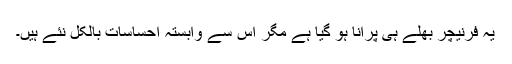
یہ فرنیچر بھلے ہی پرانا ہو گیا ہے مگر اس سے وابستہ احساسات بالکل نئے ہیں۔